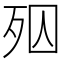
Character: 𣧝